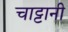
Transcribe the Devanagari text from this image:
चाट्टानी